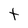
Character: t